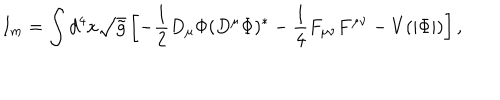
I _ { m } = \int d ^ { 4 } x \sqrt { { \tilde { g } } } \left[ - \frac { 1 } { 2 } D _ { \mu } \Phi ( D ^ { \mu } \Phi ) ^ { * } - \frac { 1 } { 4 } F _ { \mu \nu } F ^ { \mu \nu } - V ( | \Phi | ) \right] ,